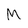
Character: M